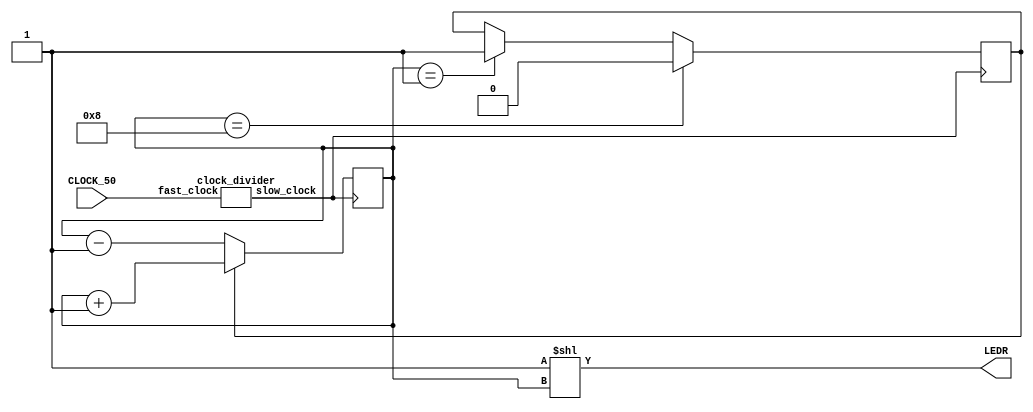
module knight_rider(
	input wire CLOCK_50,
	output wire [9:0] LEDR
);
	wire slow_clock;

	reg [3:0] count;
	reg count_up;

	clock_divider u0 (.fast_clock(CLOCK_50), .slow_clock(slow_clock));

	always @ (posedge slow_clock)
	begin
		if (count_up)
			count <= count + 1'b1;
		else
			count <= count - 1'b1;
	end

	always @ (posedge slow_clock)
	begin
		// count border conditions should be 8 and 1
		// due to the flip-flop prevoius/next values. 
		// On 9 it should start counting down and for
		// doing that we should change counting direction
		// on 8.
		if (count == 8)
			count_up <= 1'b0;
		else if (count == 1)
			count_up <= 1'b1;
		else
			count_up <= count_up;
	end

	assign LEDR[9:0] = (1'b1 << count);

endmodule


module clock_divider(
	input fast_clock,
	output slow_clock
);
	// Every LED should light up for 0.1s => 10 Hz frequency
	// Let the divider be x, then it should be:
	//   50MHz/x = 10Hz -> x = 50MHz/10Hz = 5*10^5
	//   log2(5*10^6) = 22.25
	//   COUNTER_SIZE = 23 -> 0.16s light on
	//   COUNTER_SIZE = 22 -> 0.08s light on  <-------- best approximation
	//   COUNTER_SIZE = 21 -> 0.04s light on
	parameter COUNTER_SIZE = 22;
	parameter COUNTER_MAX_COUNT = (2 ** COUNTER_SIZE) - 1;
	//parameter COUNTER_MAX_COUNT = 25000000;

	reg [COUNTER_SIZE-1:0] count;

	always @ (posedge fast_clock)
	begin
		if(count == COUNTER_MAX_COUNT)
			count <= 0;
		else
			count <= count + 1'b1;
	end

	assign slow_clock = count[COUNTER_SIZE-1];

endmodule